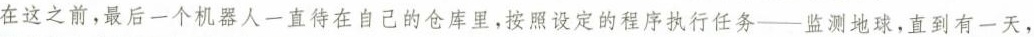
在这之首，最后一个机器人一直待在自己的仓库里，按照设定的程序执行任务——监测地球，直到有一天，